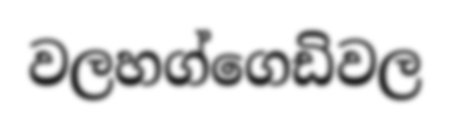
වලහග්ගෙඩිවල